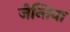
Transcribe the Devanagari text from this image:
जेन्तिया